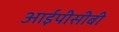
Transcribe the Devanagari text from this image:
आईपीसीबी